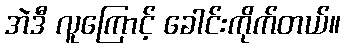
အဲဒီ လူကြောင့် ခေါင်းကိုက်တယ်။